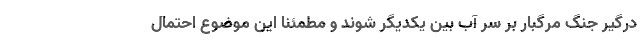
درگیر جنگ مرگبار بر سر آب بین یکدیگر شوند و مطمئناً این موضوع احتمال